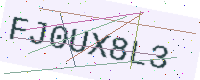
Text: FJ0UX8L3